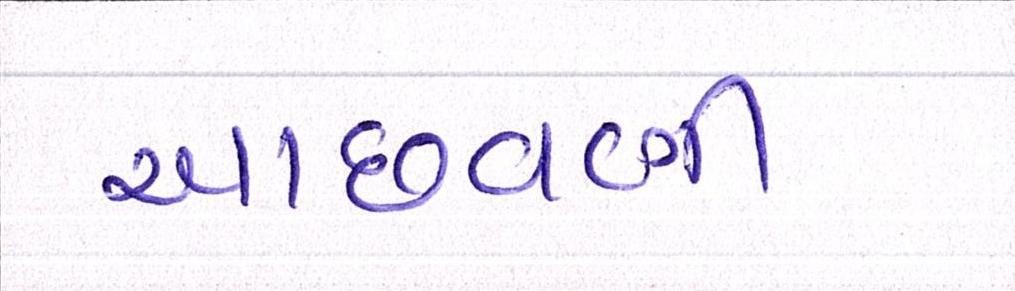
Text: આછવણી